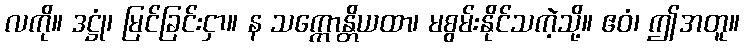
လကို။ ဒဋ္ဌုံ၊ မြင်ခြင်းငှာ။ န သက္ကောန္တိယထာ၊ မစွမ်းနိုင်သကဲ့သို့။ ဧဝံ၊ ဤအတူ။